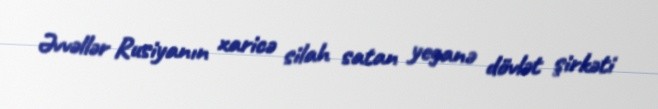
Əvvəllər Rusiyanın xaricə silah satan yeganə dövlət şirkəti